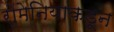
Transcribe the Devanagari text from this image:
रोमेनियाकडून